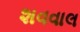
શવવાલ